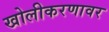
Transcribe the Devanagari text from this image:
खोलीकरणावर